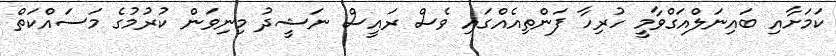
ކަމަށާއި ބައިނަލްއަގްވާމީ ހުރިހާ ފަންތިއެއްގައި ވެސް ރައީސް ނަޝީދު މިނިވަން ކުރުމުގެ މަސައްކަތް